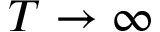
T \to \infty